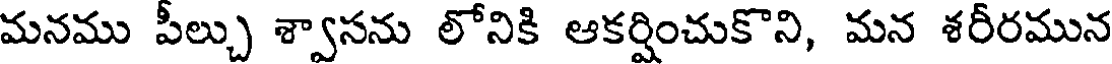
మనము పీల్చు శ్వాసను లోనికి ఆకర్షించుకొని, మన శరీరమున